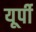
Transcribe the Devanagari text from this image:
यूर्पी